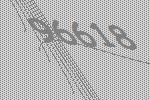
96618